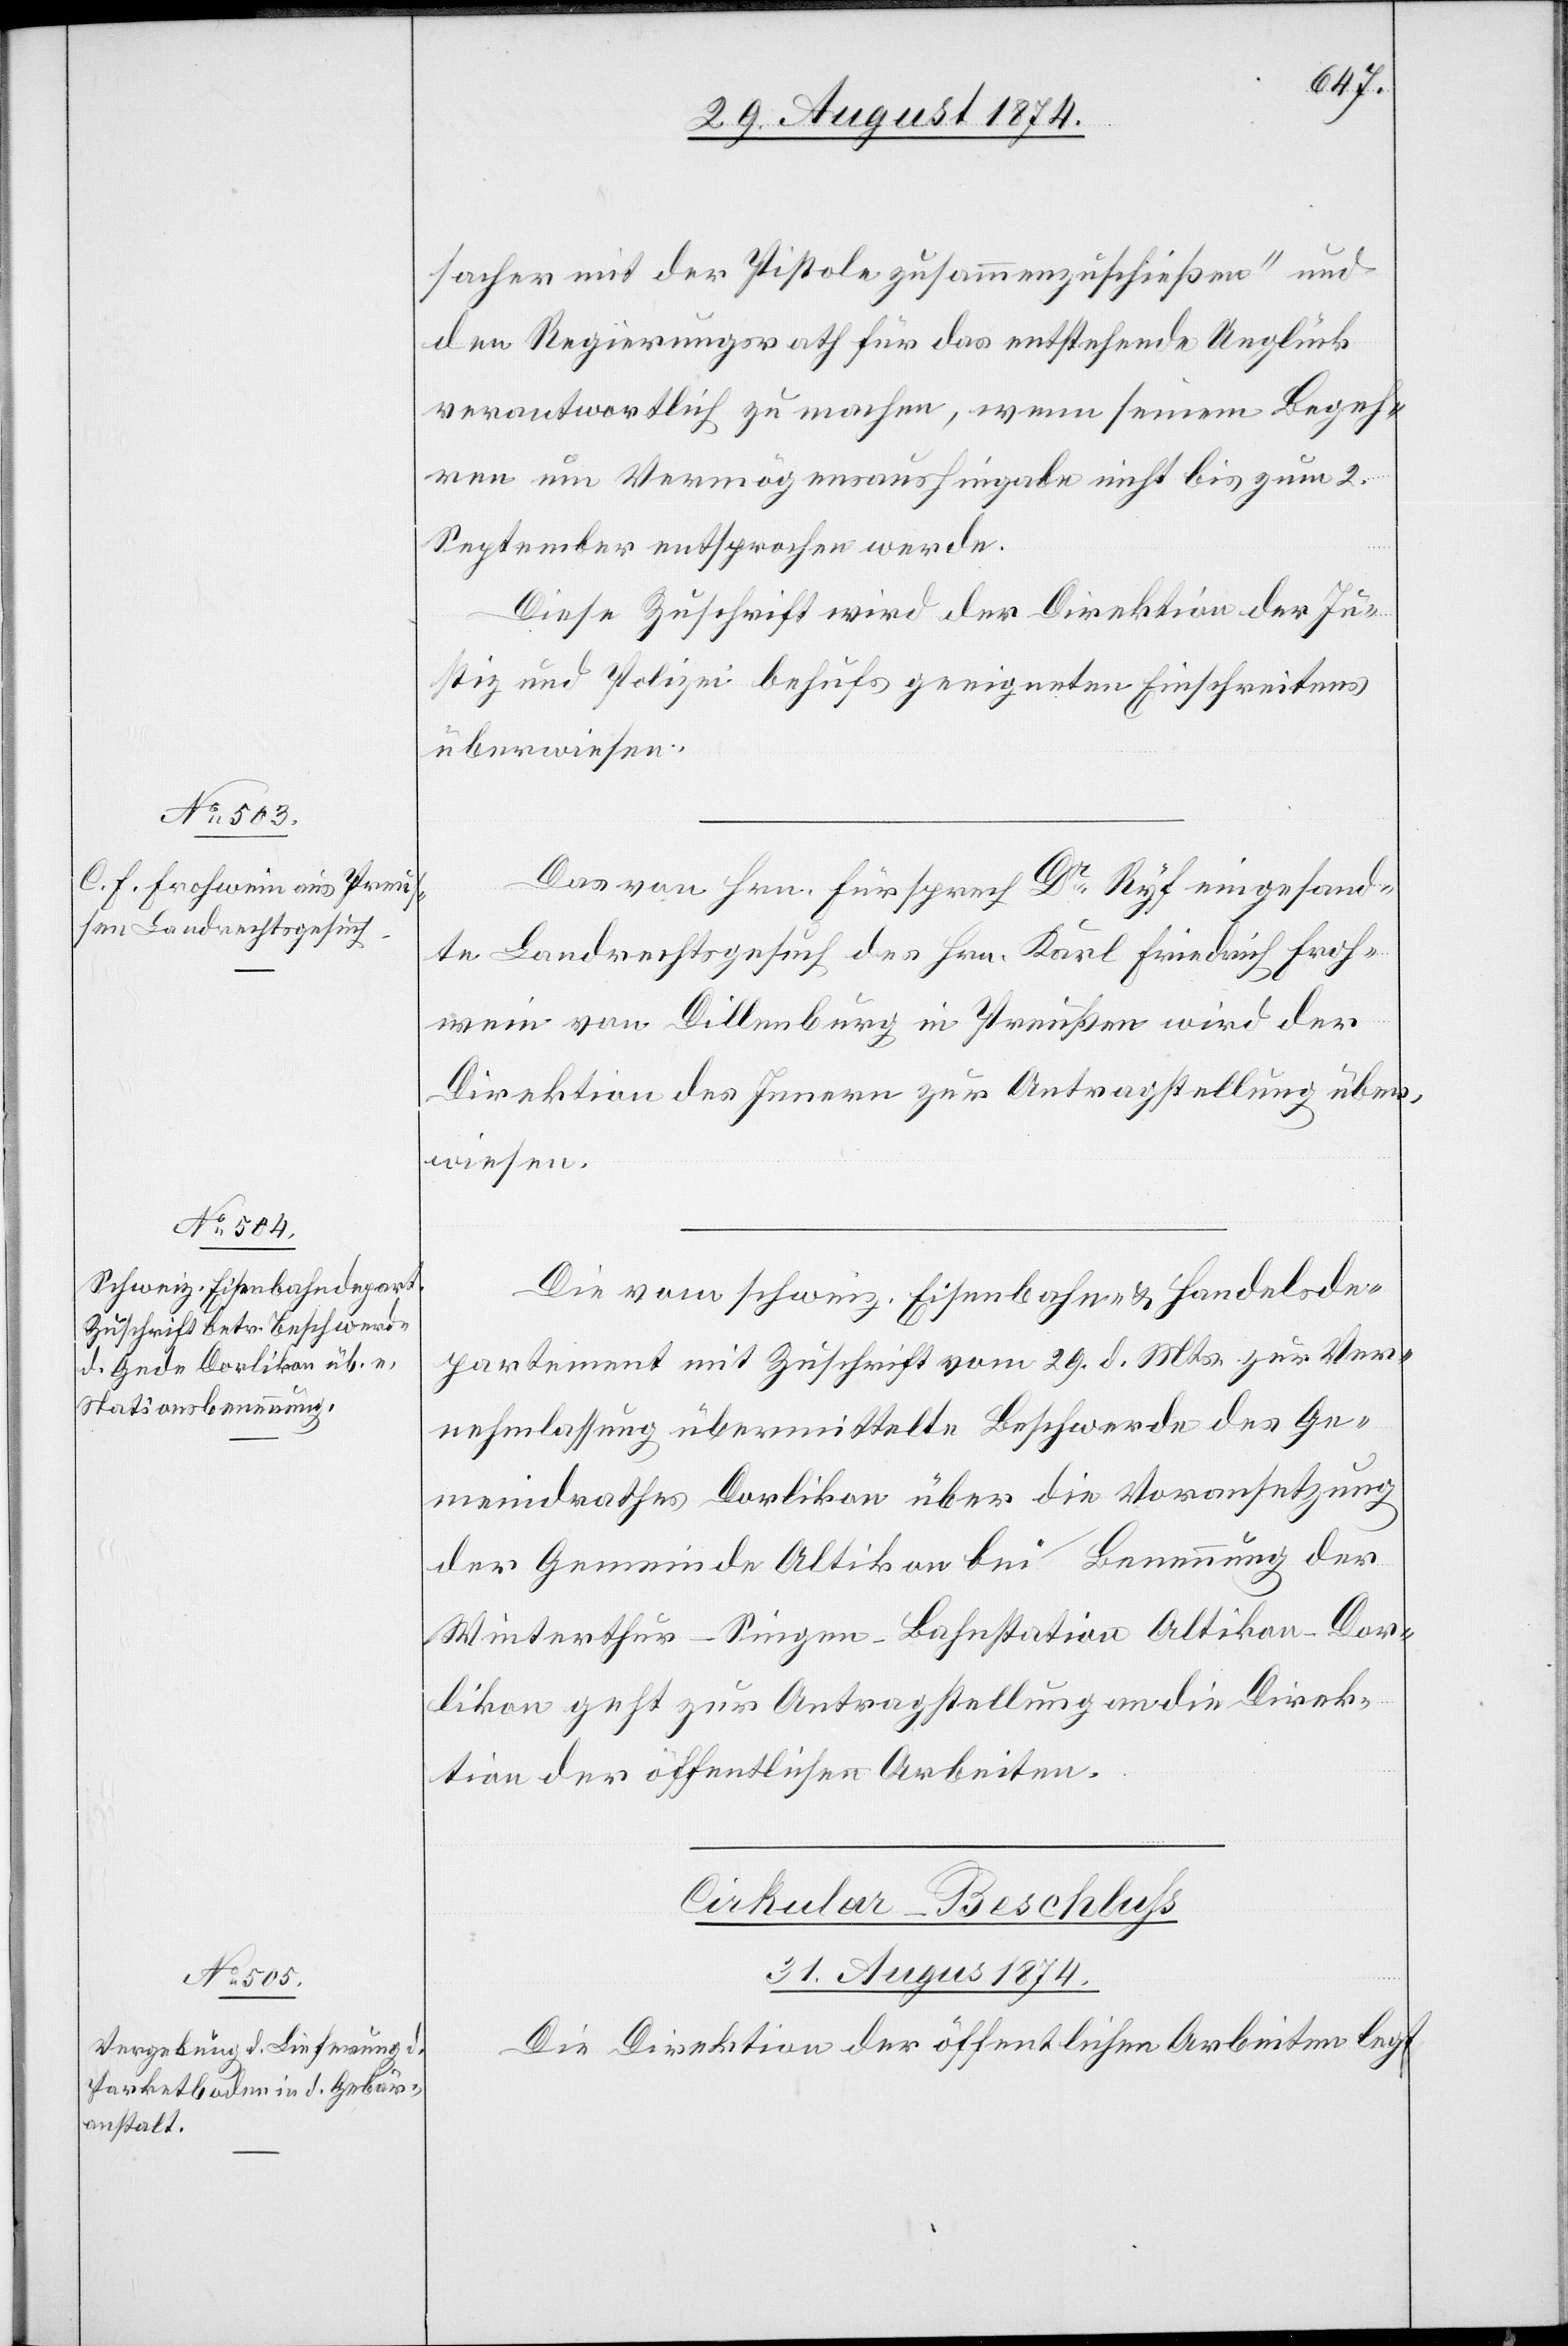
sacher mit der Pistole zusammenzuschießen“ und
den Regierungsrath für das entsprechende Unglück
verantwortlich zu machen, wenn seinem Begeh¬
ren um Vermögensaushingabe nicht bis zum 2.
September entsprochen werde.
Diese Zuschrift wird der Direktion der Ju¬
stiz und Polizei behufs geeigneten Einschreitens
überwiesen.
Das von Hrn. Fürsprech Dr Ryf eingesand¬
te Landrechtsgesuch des Hrn. Karl Friedrich Froh¬
wein von Dillenburg in Preußen wird der
Direktion des Innern zur Antragstellung über¬
wiesen.
Die vom schweiz. Eisenbahn- u. Handelsde¬
partement mit Zuschrift vom 29. d. Mts. zur Ver¬
nehmlassung übermittelte Beschwerde des Ge¬
meindrathes Dorlikon über die Voransetzung
der Gemeinde Altikon bei Benennung der
Winterthur–Singen-Bahnstation Altikon-Dor¬
likon geht zur Antragstellung an die Direk¬
tion der öffentlichen Arbeiten.
Cirkular-Beschluß
[31. August 1874.]
Die Direktion der öffentlichen Arbeiten legt